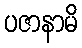
ပဇာနာမိ